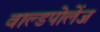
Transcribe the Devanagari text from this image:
वाल्डपोलेंज